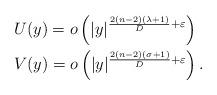
LaTeX: \begin{align*} &U(y)=o\left(|y|^{\frac{2(n-2)(\lambda+1)}{D}+\varepsilon}\right)\\ &V(y)=o\left(|y|^{\frac{2(n-2)(\sigma+1)}{D}+\varepsilon} \right). \end{align*}